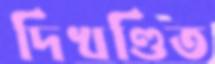
দিখণ্ডিত